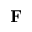
{ \bf F }